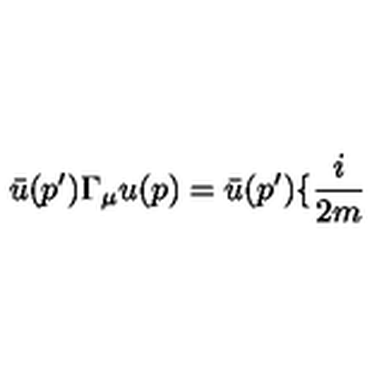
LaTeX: \bar { u } ( p ^ { \prime } ) \Gamma _ { \mu } u ( p ) = \bar { u } ( p ^ { \prime } ) \{ \frac { i } { 2 m }